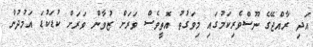
އަދި ރާއްޖޭގެ ނޫސްވެރިކަމުގައި މިވަގުތު އޮތީވެސް ވަރަށް ޒުވާން ވަރަށް ކުޑަކުޑަ އަމުދުން